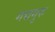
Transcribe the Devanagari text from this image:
गद्यगुरु